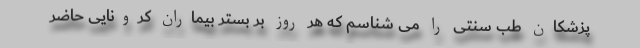
پزشکان طب سنتی را می شناسم که هر روز بر بستر بیماران کرونایی حاضر